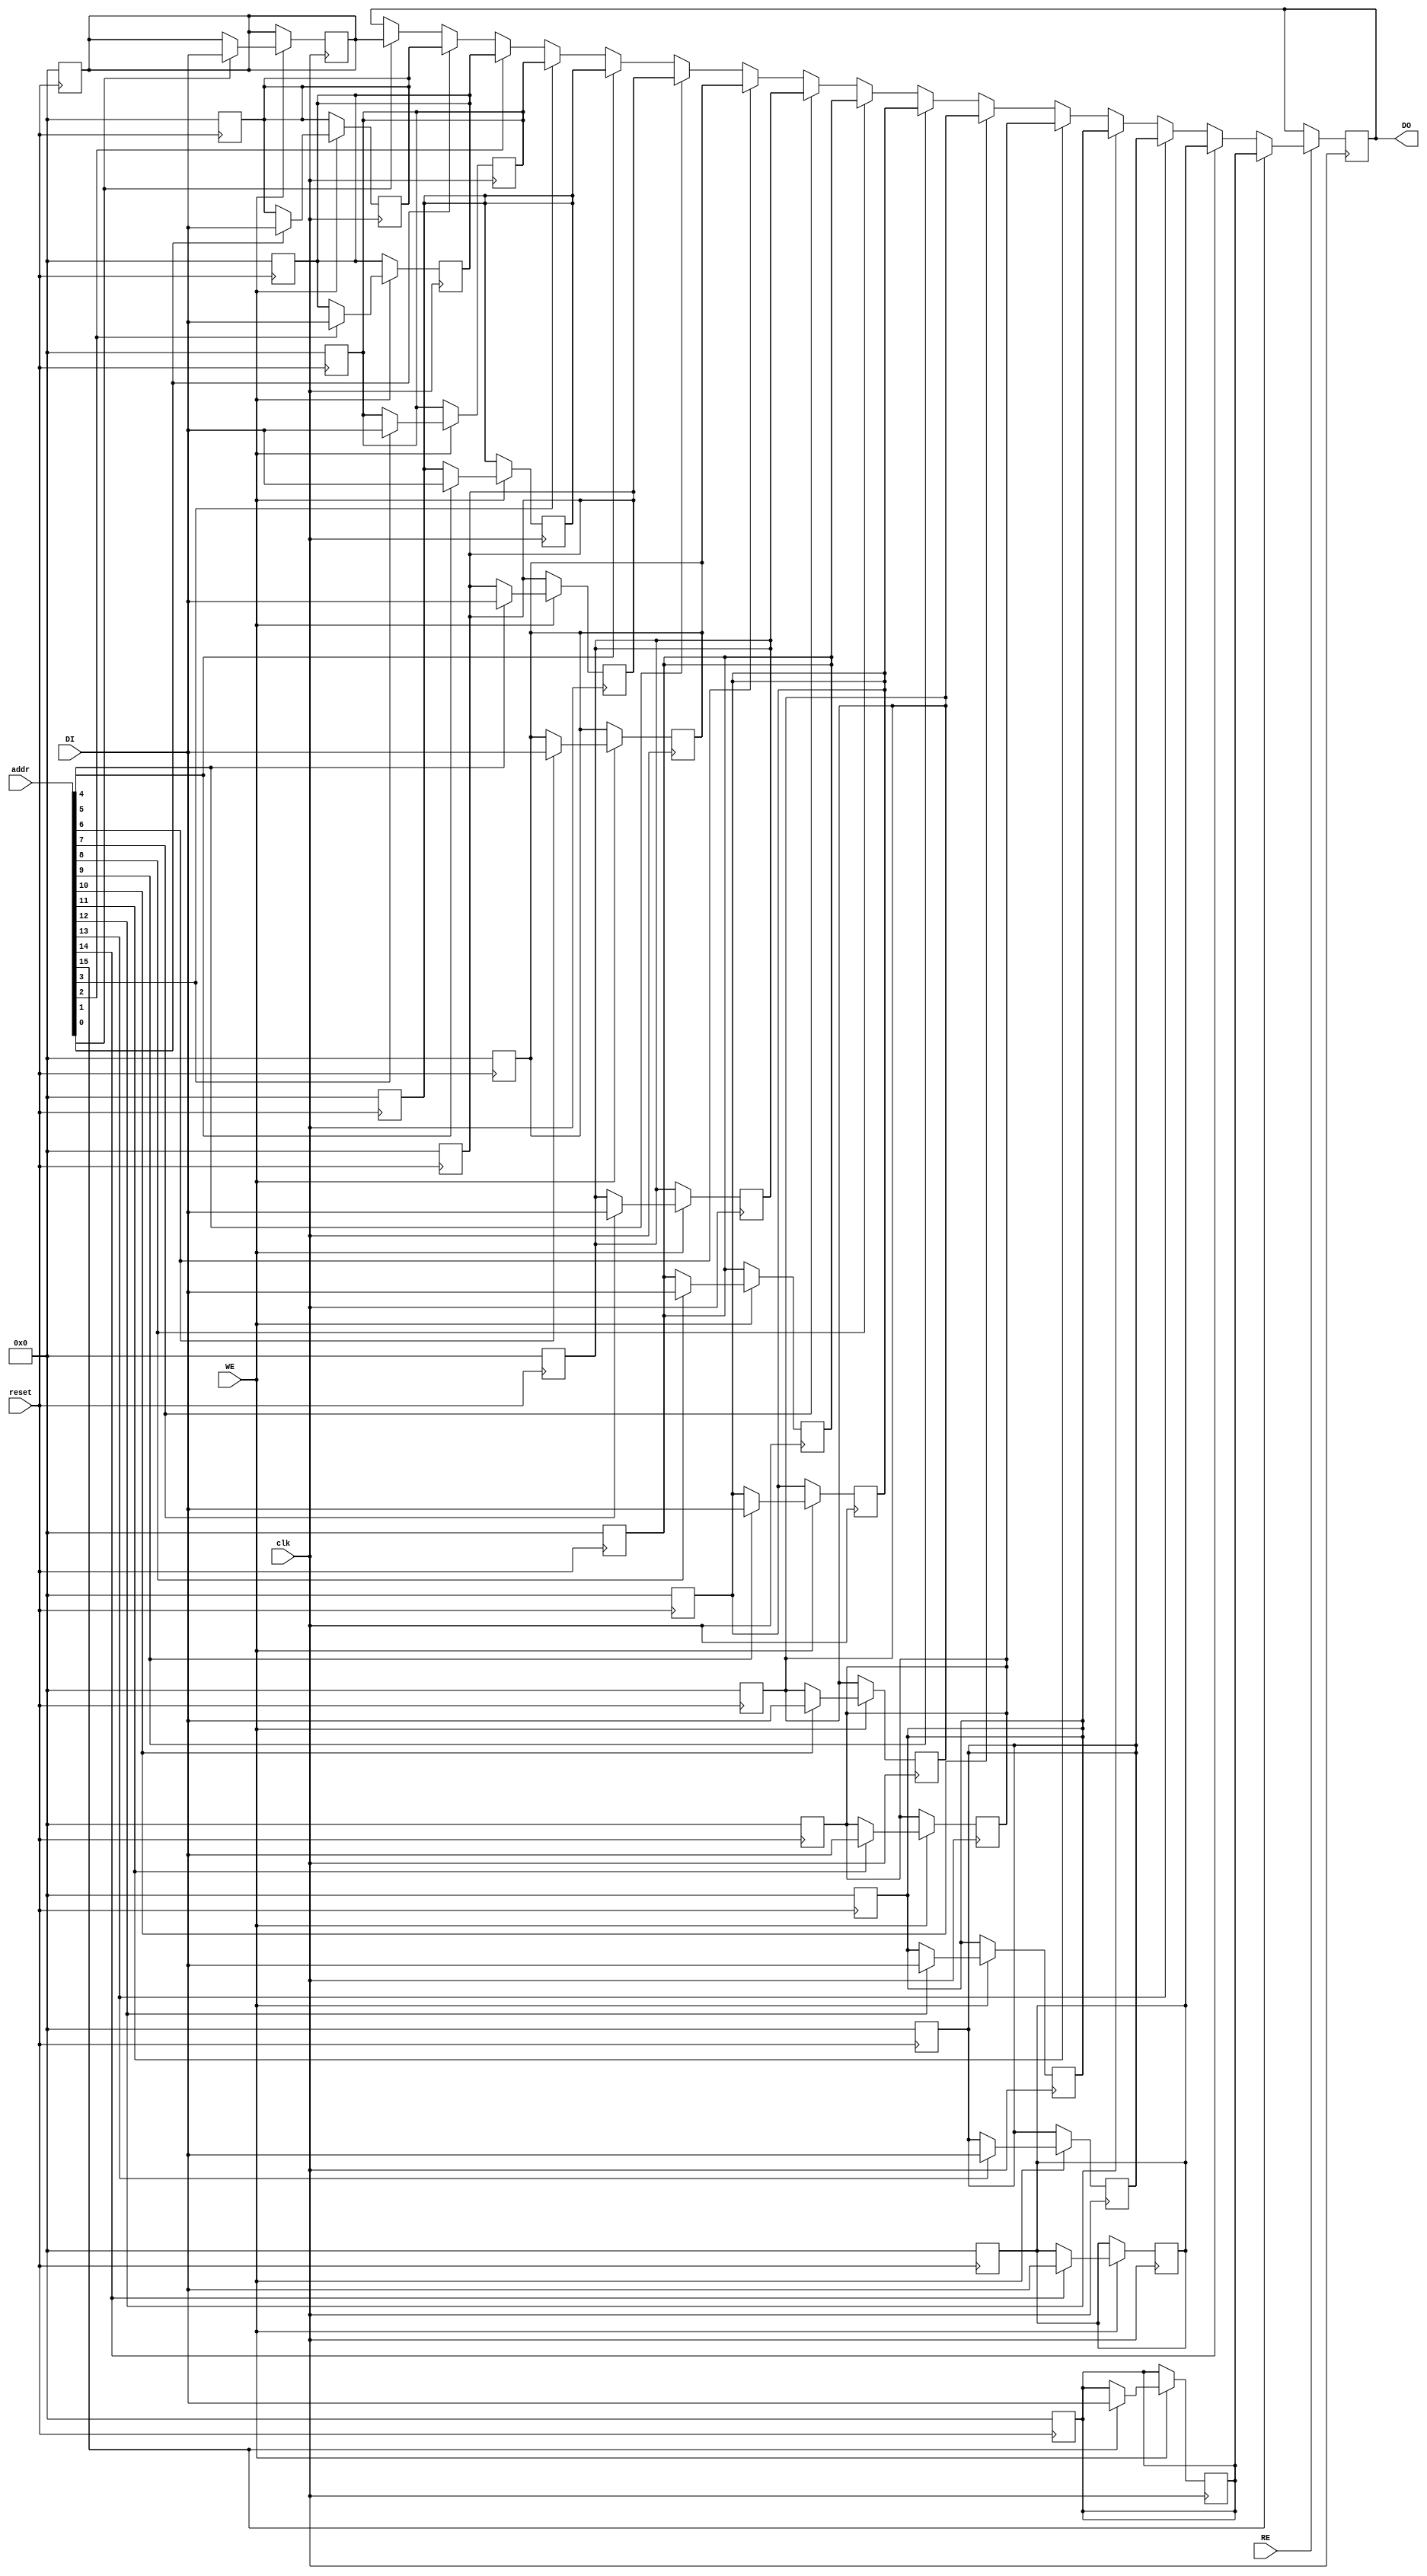
module RegisterFileSRAM #(
    parameter NUM_REGISTERS = 16, // Number of registers
    parameter REGISTER_WIDTH = 32  // Width of each register in bits
)(
    input wire clk,                 // Clock signal
    input wire reset,               // Reset signal
    input wire WE,                  // Write Enable
    input wire RE,                  // Read Enable
    input wire [NUM_REGISTERS-1:0] addr, // Address lines (one-hot encoding)
    input wire [REGISTER_WIDTH-1:0] DI, // Data Input
    output reg [REGISTER_WIDTH-1:0] DO // Data Output
);

    // Register file storage
    reg [REGISTER_WIDTH-1:0] registers [0:NUM_REGISTERS-1];

    // Initialize registers on reset
    integer i;
    always @(posedge reset) begin
        for (i = 0; i < NUM_REGISTERS; i = i + 1) begin
            registers[i] <= {REGISTER_WIDTH{1'b0}}; // Initialize to 0
        end
    end

    // Read and Write operations
    always @(posedge clk) begin
        if (WE) begin
            // Write data to the selected register
            for (i = 0; i < NUM_REGISTERS; i = i + 1) begin
                if (addr[i]) begin
                    registers[i] <= DI; // Write data to the selected register
                end
            end
        end
        
        if (RE) begin
            // Read data from the selected register
            for (i = 0; i < NUM_REGISTERS; i = i + 1) begin
                if (addr[i]) begin
                    DO <= registers[i]; // Read data from the selected register
                end
            end
        end
    end

endmodule